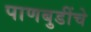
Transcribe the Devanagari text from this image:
पाणबुडींचे